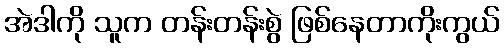
အဲဒါကို သူက တန်းတန်းစွဲ ဖြစ်နေတာကိုးကွယ်